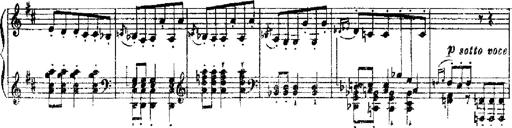
Title: RÃ©miniscences de Robert le diable
Composer: Franz Liszt